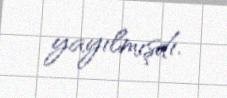
yayılmışdı.